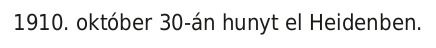
1910. október 30-án hunyt el Heidenben.